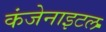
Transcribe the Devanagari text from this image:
कंजेनाइटल